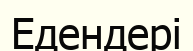
Едендері